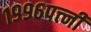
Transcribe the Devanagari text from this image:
१९९६पत्त्नी